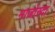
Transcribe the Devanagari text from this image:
माजोरदा